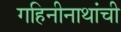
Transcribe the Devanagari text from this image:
गहिनीनाथांची